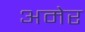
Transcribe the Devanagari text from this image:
अमेर